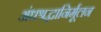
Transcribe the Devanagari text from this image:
अंधश्रद्धानिर्मूलन